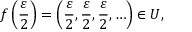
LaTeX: f \left( { \frac { \varepsilon } { 2 } } \right) = \left( { \frac { \varepsilon } { 2 } } , { \frac { \varepsilon } { 2 } } , { \frac { \varepsilon } { 2 } } , \ldots \right) \in U ,